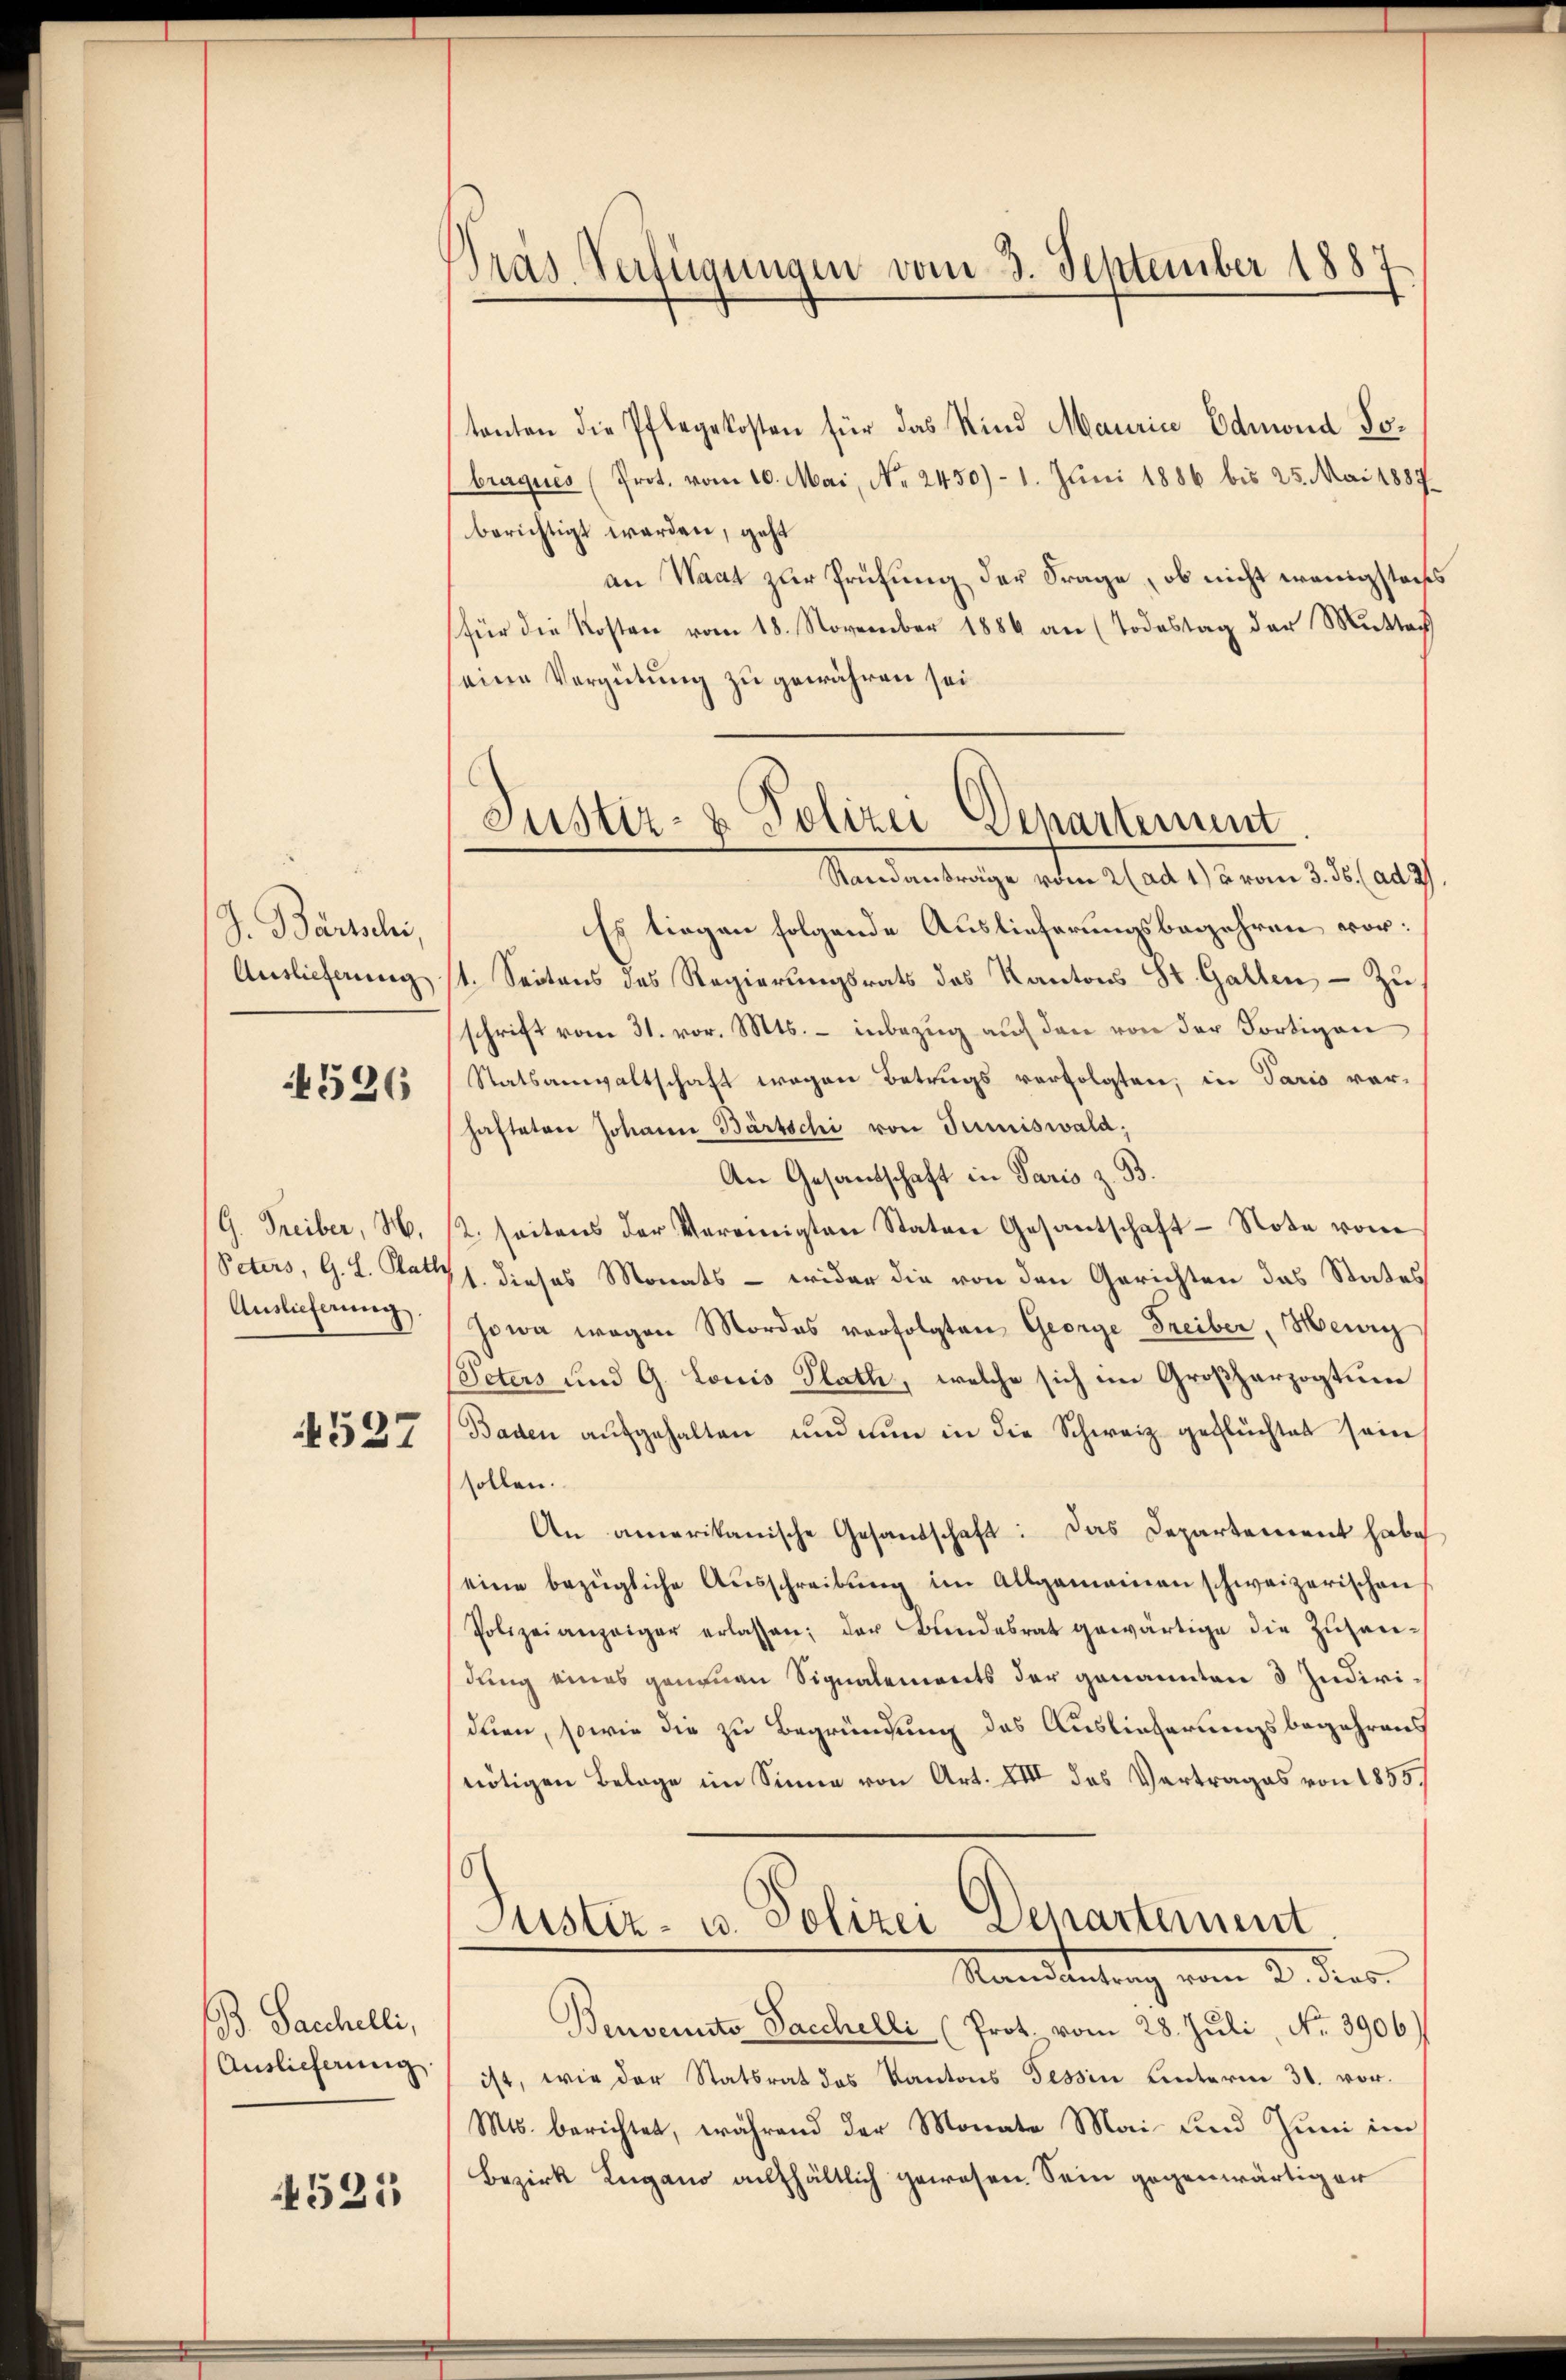
J. Bartschi,
Auslieferung

526

G. Freiber, M.
Peters, G. L. Plath
Auslieferung.

4527

B. Sacchelli,
Auslieferung

4525

Pras. Verfügungen vom 3. September 1887

tanten die Pflegekosten für das Kind Mauria Edmund Jobruques (Prot. vom 10. Mai, No. 2450)- 1. Juni 1886 bis 25. Mai 1887.
berichtigt werden, geht
an Staat zur Prüfung der Frage, ob nicht wenigstens
(für die Kosten vom 18. November 1886 an (Todestag der Mutter
eine Vergütung zu gewähren sei.
Es liegen folgende Auslieferungsbegehren vor:
st. Seitens des Regierungsrats des Kantons St. Gallen, – zu
schrift vom 31. vor. Mts. – inbezug auf den von der Fortigen
Statsanwaltschaft wegen Betrugs verfolgten, in Paris vor-
hafteten Johann Bärtschi von Juniiswald;
An Gesandschaft in Paris z. B.
2. seitens der Vereinigten Staten Gesantschaft - Note vom
1. dieses Monats - wider die von den Gerichten das States
Jowa wegen Mordes verfolgten George Freiber, Heurg
Peters und G. Louis Plath, welche sich im Großherzogtum
Baden aŭfgehalten und nun in die Schweiz geflüchtet sein
sollen.
An amerikanische Gesandschaft: Das Departement habe
eine bezügliche Aŭsschreibŭng im Allgemeinen schweizerischen
Polizeianzeiger erlassen; der Bŭndesrat gewärtige die Zŭsan-
dung eines genauen Signalements der genannten 3 Individuen, sowie die zu Begründung des Auslieferungsbegehrens
nötigen Belage im Sinne von Art. XIII des Vertrages von 1855.
.
Justiz- u. Polizei Departement
Randantrag vom 2. dies
Benvents Sacchelli (Prot. vom 28. Juli, No. 3906)
ist, wie der Statsrat des Kantons Tessin hinterm 31. vor.
Mts. berichtet, während der Monate Mai- und Juni im
Bezirk Lugano aufhältlich gewesen. Sein gegenwärtiger

Justiz- & Polizei Departement
Standanträge vom 2 (ad 1) vom 3. ds. (ad 2